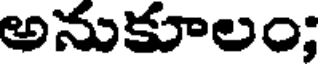
అనుకూలం;